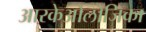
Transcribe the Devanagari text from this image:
आरकेओलोजिका